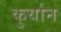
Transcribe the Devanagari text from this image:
कुर्यान